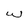
Character: w